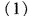
（1）